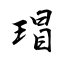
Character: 瑁